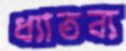
ধ্যাতব্য